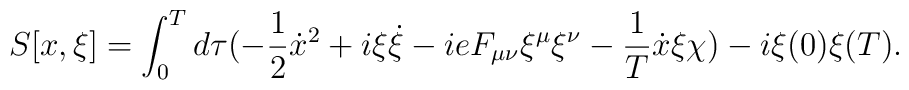
S[x,\xi]= \int_0^T d\tau ( -\frac{1}{2} \dot x^2 + i \xi \dot \xi -i e F_{\mu \nu} \xi^\mu \xi^\nu -\frac{1}{T} \dot x \xi \chi)-i \xi(0) \xi(T).